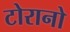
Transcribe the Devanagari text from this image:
टोरानो